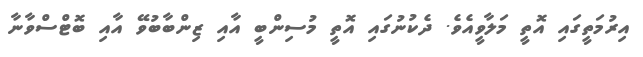
އިރުމަތީގައި އޮތީ މަލާވީއެވެ. ދެކުނުގައި އޮތީ މުސިންބީ އާއި ޒިންބާބުވޭ އާއި ބޮޓްސްވާނާ